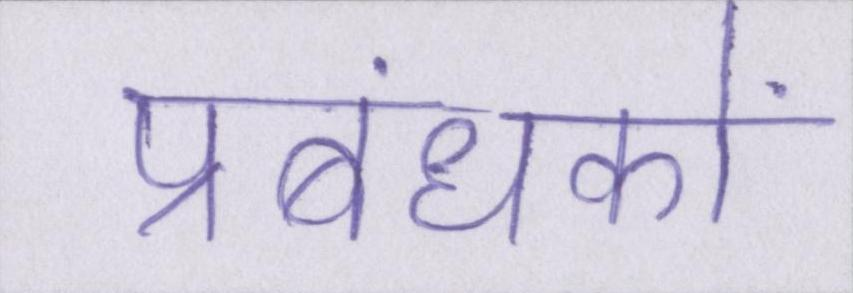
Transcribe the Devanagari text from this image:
प्रबंधकों